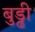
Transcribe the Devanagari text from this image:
बुड्ढी